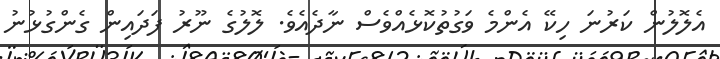
އެލޮލުން ކަރުނަ ހިކޭ އެންމެ ވަގުތުކޮޅެއްވެސް ނާދެއެވެ. ލޮލުގެ ނޫރު ފަދައިން ގެންގުޅުނު